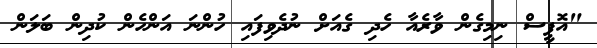
"އޮފީސް ނިމިގެން ވާރެއާ ހެދި ގެއަށް ނުދެވިފައި ހުންނަ އަންހެން ކުދިން ބަލަން